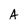
Character: A